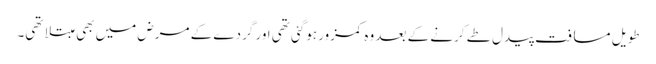
طویل مسافت پیدل طے کرنے کے بعد وہ کمزور ہوگئی تھی اور گردے کے مرض میں بھی مبتلا تھی۔